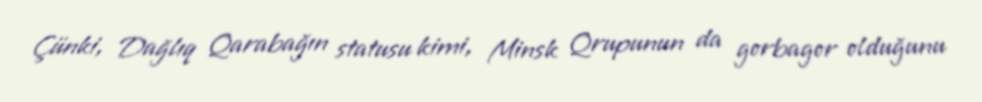
Çünki, Dağlıq Qarabağın statusu kimi, Minsk Qrupunun da gorbagor olduğunu